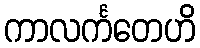
ကာလင်္ကတေဟိ